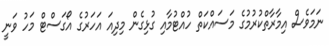
ނަމަވެސް އިމާރާތްކުރުމުގެ މަސައްކަތް ހުއްޓުމާއި ގުޅިގެން މިދިއަ އަހަރުގެ އޯގަސްޓް މަހު ވަނީ